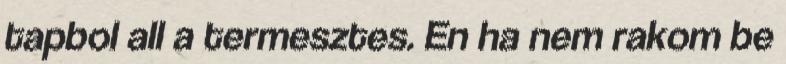
tapbol all a termesztes. En ha nem rakom be